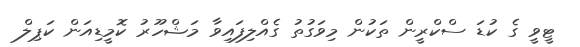
ޓީވީ ގެ ކުޑަ ސްކްރީން ތަކުން މިވަގުތު ގެއްލިފައިވާ މަޝްހޫރު ކޮމީޑިއަން ކަޕިލް